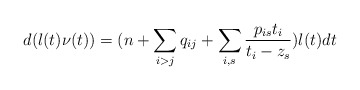
\begin{align*}d(l(t)\nu(t))=(n+\sum_{i>j}q_{ij}+\sum_{i,s}\frac{p_{is}t_i}{t_i-z_s})l(t)dt\end{align*}